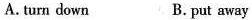
A. turn down B. put away